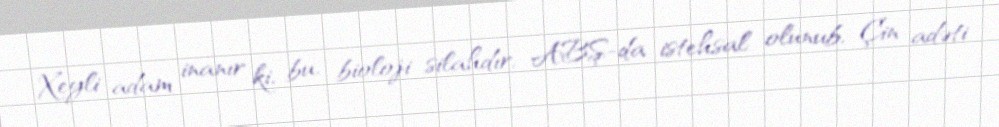
Xeyli adam inanır ki, bu, bioloji silahdır, ABŞ-da istehsal olunub, Çin adəti